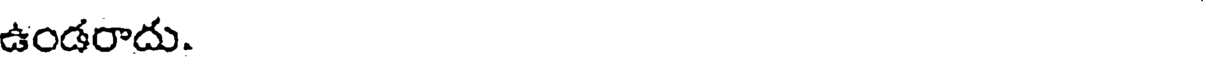
ఉండరాదు.